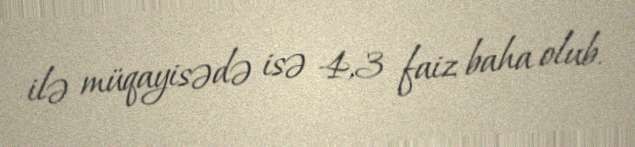
ilə müqayisədə isə 4,3 faiz baha olub.